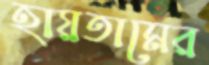
হায়তামের